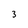
Character: 3